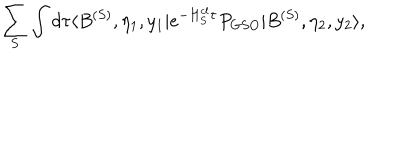
LaTeX: \sum _ { S } \int d \tau \langle B ^ { ( S ) } , \eta _ { 1 } , y _ { 1 } | e ^ { - H _ { S } ^ { c l } \tau } P _ { G S O } | B ^ { ( S ) } , \eta _ { 2 } , y _ { 2 } \rangle ,